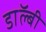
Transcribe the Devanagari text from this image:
डाॅल्बी